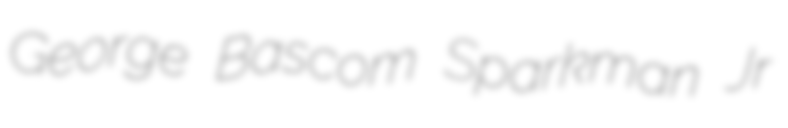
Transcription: George Bascom Sparkman Jr